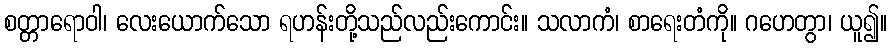
စတ္တာရောဝါ၊ လေးယောက်သော ရဟန်းတို့သည်လည်းကောင်း။ သလာကံ၊ စာရေးတံကို။ ဂဟေတွာ၊ ယူ၍။